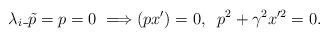
LaTeX: \begin{align*}\lambda_i\_{\tilde p=p}=0\; \Longrightarrow(p x')=0,\;\; p^2+\gamma^2x'^2=0{.}\end{align*}